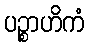
ပဉ္စာဟိကံ